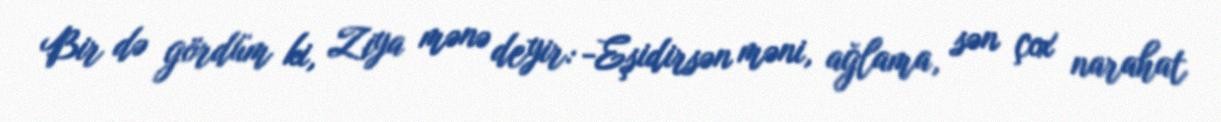
Bir də gördüm ki, Ziya mənə deyir: -Eşidirsən məni, ağlama, sən çox narahat